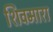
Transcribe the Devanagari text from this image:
शिवमारा